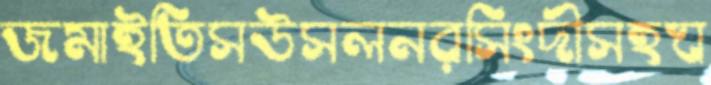
জমাইতিসউসলনরসিংদীসহঘ